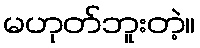
မဟုတ်ဘူးတဲ့။